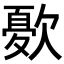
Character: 𭭓